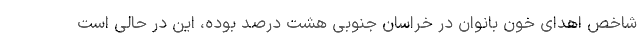
شاخص اهدای خون بانوان در خراسان جنوبی هشت درصد بوده، این در حالی است